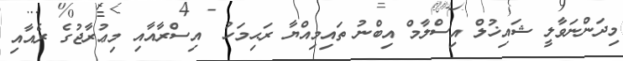
މިދަންނަވާލީ ޝައިޚުލް އިސްލާމް އިބްނު ތައިމިއްޔާ ރަޙިމަހު  އިސްރާއާއި މިޢުރާޖުގެ ރެއާއި